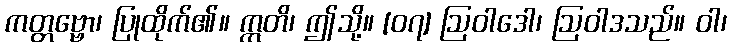
ကတ္တဗ္ဗော၊ ပြုထိုက်၏။ ဣတိ၊ ဤသို့။ [၀၇] ဩဝါဒေါ၊ ဩဝါဒသည်။ ဝါ၊